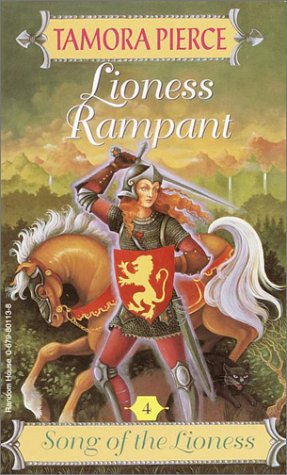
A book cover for Lioness Rampant (Song the Lioness #4); Tamora Pierce; Teen & Young Adult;